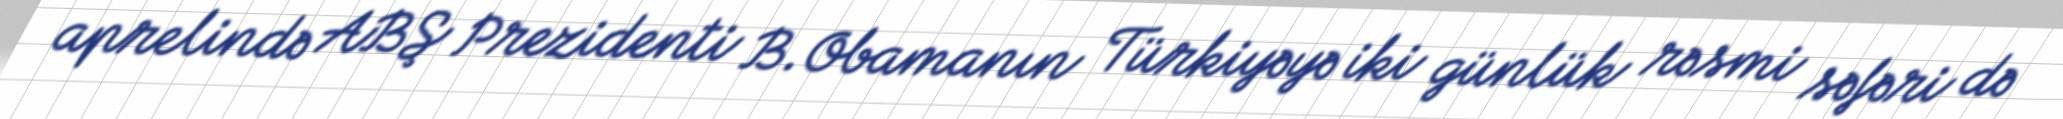
aprelində ABŞ Prezidenti B.Obamanın Türkiyəyə iki günlük rəsmi səfəri də